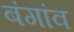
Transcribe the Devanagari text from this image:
बंगांव